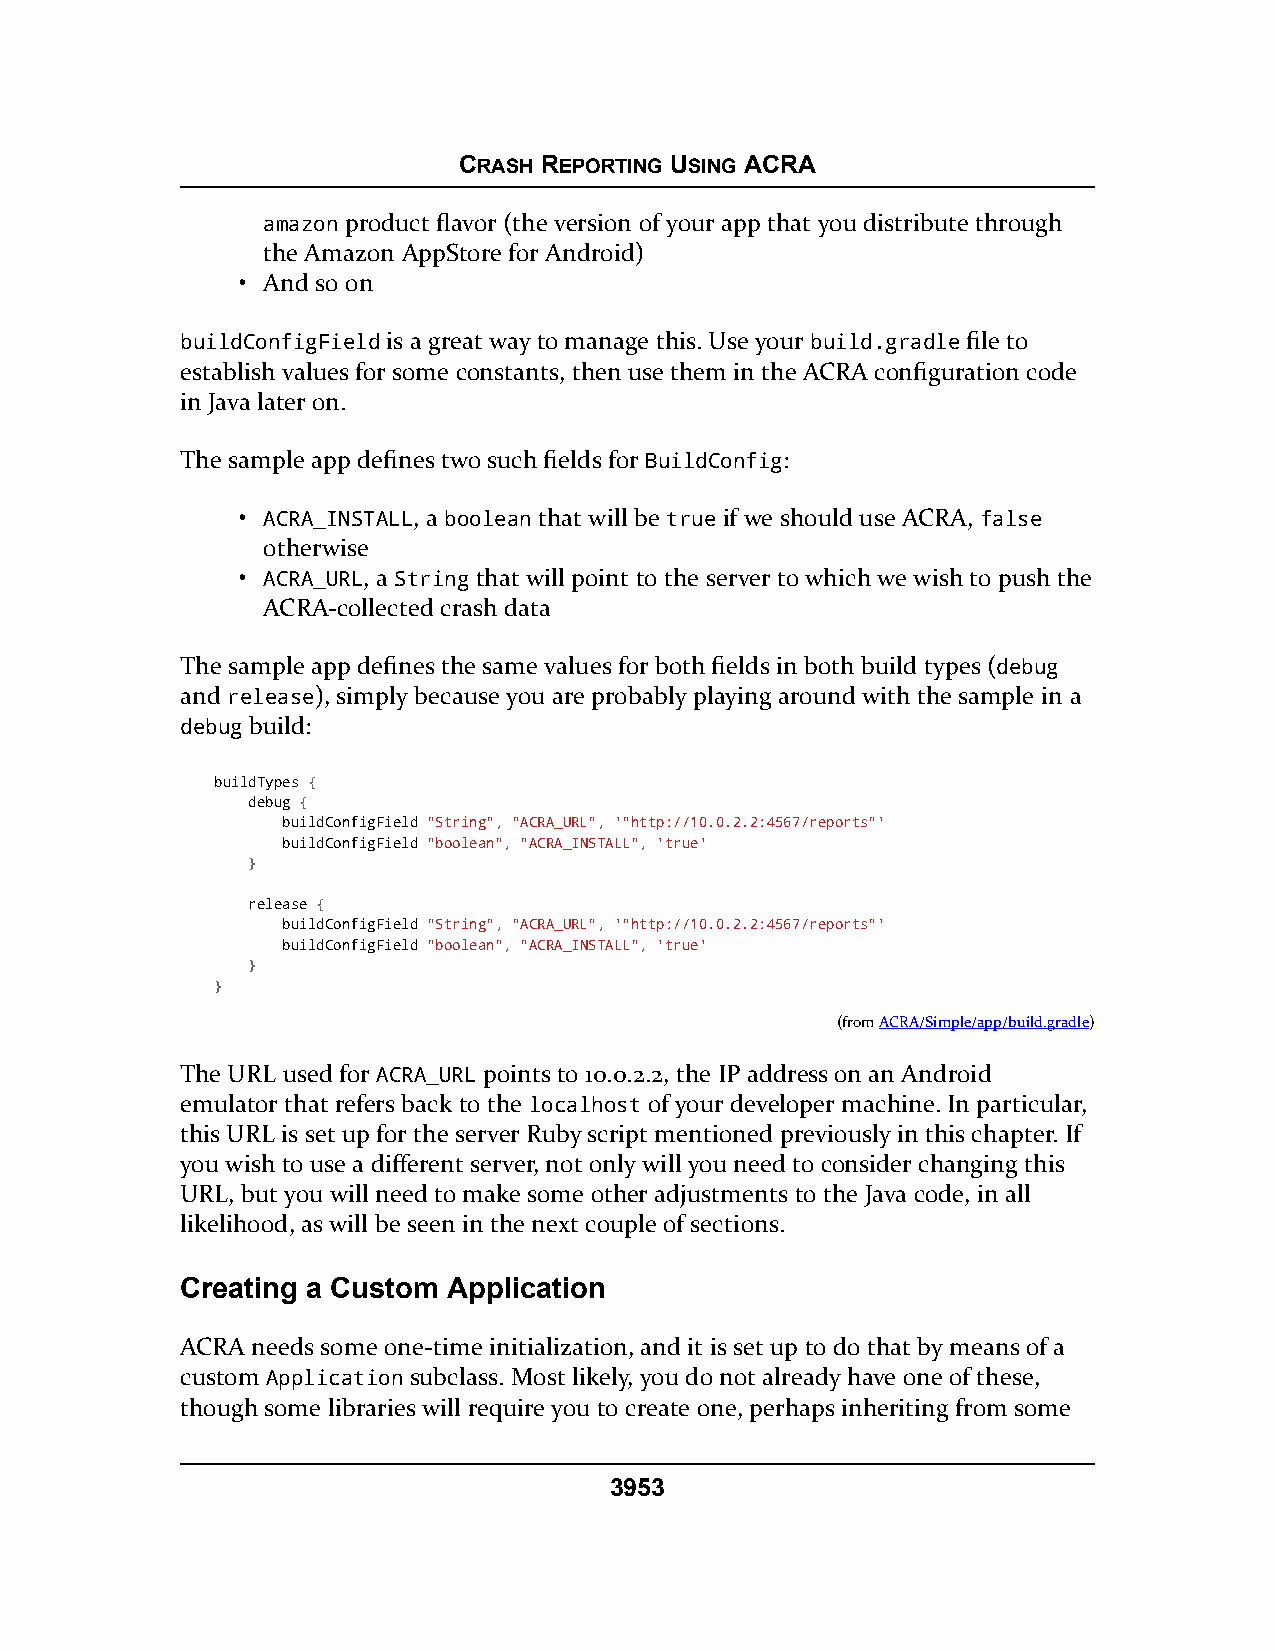
CRASH REPORTING USING ACRA
 amazon product flavor (the version of your app that you distribute through
 the Amazon AppStore for Android)
 • And so on
 buildConfigField is a great way to manage this. Use your build.gradle file to
 establish values for some constants, then use them in the ACRA configuration code
 in Java later on.
 The sample app defines two such fields for BuildConfig:
 • ACRA_INSTALL, a boolean that will be true if we should use ACRA, false
 otherwise
 • ACRA_URL, a String that will point to the server to which we wish to push the
 ACRA-collected crash data
 The sample app defines the same values for both fields in both build types (debug
 and release), simply because you are probably playing around with the sample in a
 debug build:
 buildTypes {
 debug {
 buildConfigField "String", "ACRA_URL", '"http://10.0.2.2:4567/reports"'
 buildConfigField "boolean", "ACRA_INSTALL", 'true'
 }
 release {
 buildConfigField "String", "ACRA_URL", '"http://10.0.2.2:4567/reports"'
 buildConfigField "boolean", "ACRA_INSTALL", 'true'
 }
 }
 (fromACRA/Simple/app/build.gradle)
 The URL used for ACRA_URL points to 10.0.2.2, the IP address on an Android
 emulator that refers back to the localhost of your developer machine. In particular,
 this URL is set up for the server Ruby script mentioned previously in this chapter. If
 you wish to use a different server, not only will you need to consider changing this
 URL, but you will need to make some other adjustments to the Java code, in all
 likelihood, as will be seen in the next couple of sections.
 Creating a Custom Application
 ACRA needs some one-time initialization, and it is set up to do that by means of a
 custom Application subclass. Most likely, you do not already have one of these,
 though some libraries will require you to create one, perhaps inheriting from some
 3953